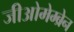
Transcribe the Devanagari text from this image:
जीओमेम्ब्रेन